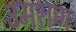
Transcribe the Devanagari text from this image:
उमराण